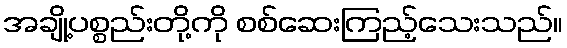
အချို့ပစ္စည်းတို့ကို စစ်ဆေးကြည့်သေးသည်။